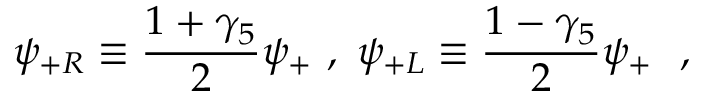
\psi _ { + R } \equiv { \frac { 1 + \gamma _ { 5 } } { 2 } } \psi _ { + } ~ , ~ \psi _ { + L } \equiv { \frac { 1 - \gamma _ { 5 } } { 2 } } \psi _ { + } ~ ~ ,